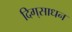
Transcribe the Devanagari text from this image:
दिग्‌साधन